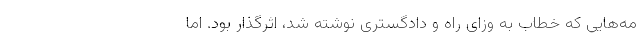
مه‌هایی که خطاب به وزای راه و دادگستری نوشته شد، اثرگذار بود. اما